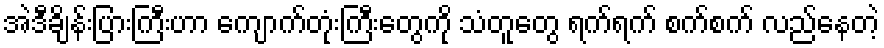
အဲဒီချိန်းပြားကြီးဟာ ကျောက်တုံးကြီးတွေကို သံတူတွေ ရက်ရက် စက်စက် လည်နေတဲ့